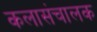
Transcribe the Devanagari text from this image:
कलासंचालक